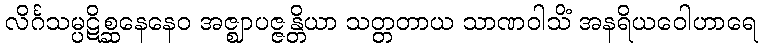
လိင်္ဂသမ္ပဋိစ္ဆနေနေဝ အဇ္ဈာပဇ္ဇန္တိယာ သတ္တတာယ သာဏဝါသိံ အနရိယဝေါဟာရေ